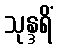
သုန္ဒရိံ